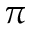
\pi